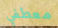
معطفي